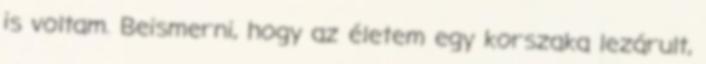
is voltam. Beismerni, hogy az életem egy korszaka lezárult,